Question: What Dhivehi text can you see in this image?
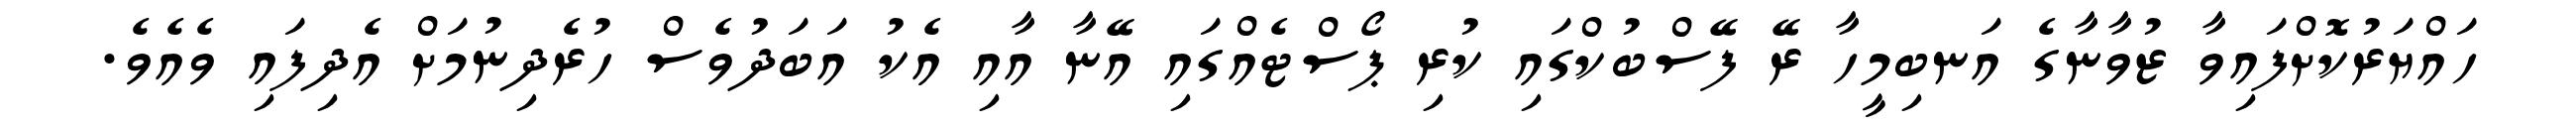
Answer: ހައްޔަރުކޮށްފައިވާ ޒުވާނާގެ އަނބިމީހާ ރޭ ފޭސްބުކްގައި ކުރި ޕޯސްޓެއްގައި އޭނާ އާއި އެކު އަބަދުވެސް ހުރެދިނުމަށް އެދިފައި ވެއެވެ.